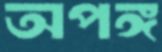
অপঙ্গ